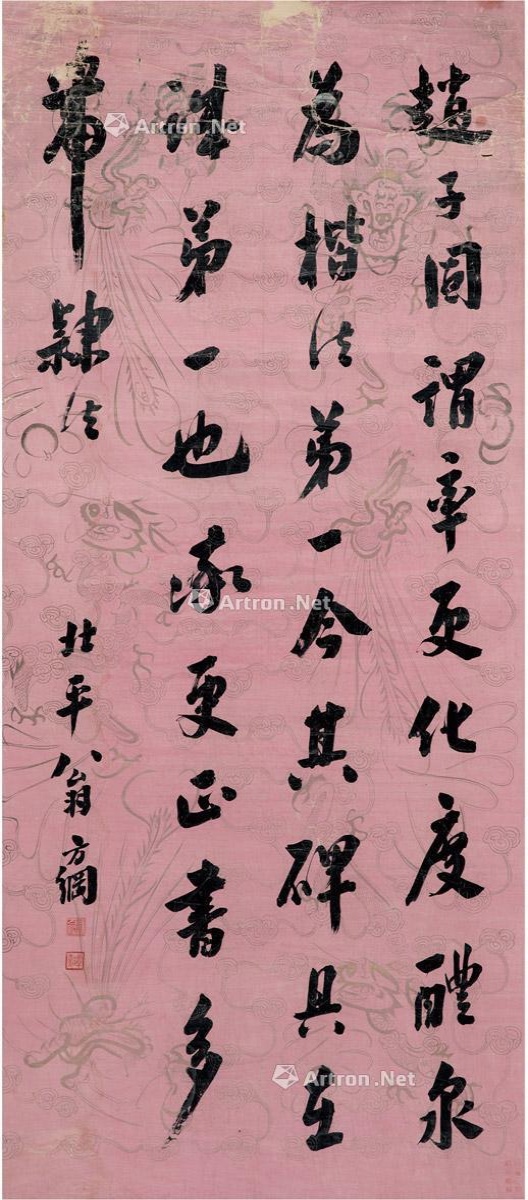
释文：赵子固谓率更化度、醴泉为楷法第一，今其碑具在，诚第一也，率更正书多带隶法。北平翁方纲。